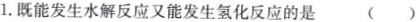
1.既能发生水解反应又能发生氢化反应的是()